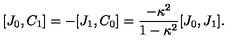
[ J _ { 0 } , C _ { 1 } ] = - [ J _ { 1 } , C _ { 0 } ] = { \frac { - \kappa ^ { 2 } } { 1 - \kappa ^ { 2 } } } [ J _ { 0 } , J _ { 1 } ] .